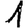
Digit: 1